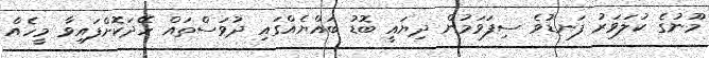
މޫނުގެ ކުލަވަރު ފަނޑުވެ ސިފަވަމުން ދިޔައީ ބޮޑު ބައްޔެއްގައި ދުވަސްތައް ހޭދަކޮށްފައިވާ މީހެއް